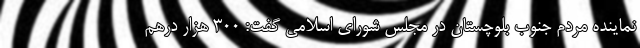
نماینده مردم جنوب بلوچستان در مجلس شورای اسلامی گفت: ۳۰۰ هزار درهم